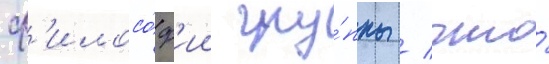
ф'илосо́ф'ии гру́ппы / что́